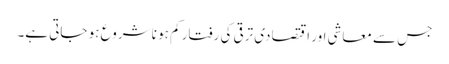
جس سے معاشی اور اقتصادی ترقی کی رفتار کم ہو نا شروع ہو جاتی ہے۔